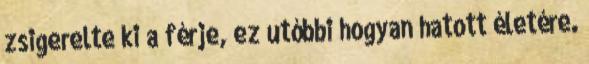
zsigerelte ki a férje, ez utóbbi hogyan hatott életére.